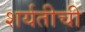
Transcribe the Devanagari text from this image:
शर्यतीची